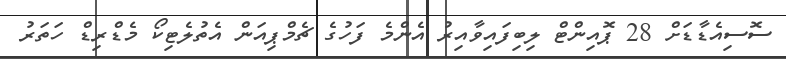
ސޮސިއެޑާޑަށް 28 ޕޮއިންޓް ލިބިފައިވާއިރު އެންމެ ފަހުގެ ޗެމްޕިއަން އެތުލެޓިކޯ މެޑްރިޑް ހަތަރު